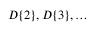
D \{ 2 \} , D \{ 3 \} , \ldots